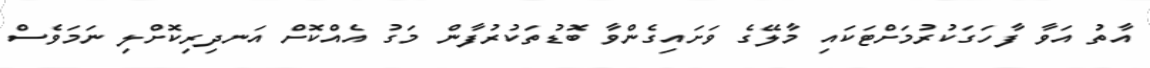
އާތު އަވާ ފާހަގަކުރުމަށްޓަކައި މާލޭގެ ވަށައިގެންވާ ބޮޑުތަކުރުފާން މަގު އެއްކޮށް އަނދިރިކޮށްލި ނަމަވެސް